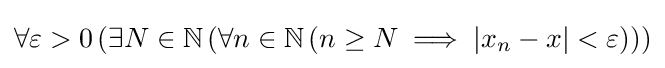
\forall \varepsilon >0\left(\exists N\in \mathbb {N} \left(\forall n\in \mathbb {N} \left(n\geq N\implies |x_{n}-x|<\varepsilon \right)\right)\right)